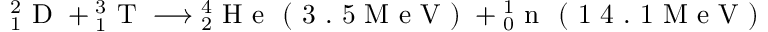
{ } _ { 1 } ^ { 2 } \mathrm { ~ D ~ } + { } _ { 1 } ^ { 3 } \mathrm { ~ T ~ } \longrightarrow { } _ { 2 } ^ { 4 } \mathrm { ~ H ~ e ~ } \mathrm { ~ ( ~ 3 ~ . ~ 5 ~ M ~ e ~ V ~ ) ~ } + { } _ { 0 } ^ { 1 } \mathrm { ~ n ~ } \mathrm { ~ ( ~ 1 ~ 4 ~ . ~ 1 ~ M ~ e ~ V ~ ) ~ }